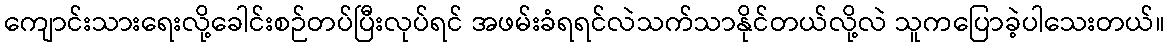
ကျောင်းသားရေးလို့ခေါင်းစဉ်တပ်ပြီးလုပ်ရင် အဖမ်းခံရရင်လဲသက်သာနိုင်တယ်လို့လဲ သူကပြောခဲ့ပါသေးတယ်။